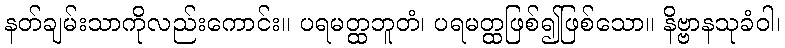
နတ်ချမ်းသာကိုလည်းကောင်း။ ပရမတ္ထဘူတံ၊ ပရမတ္ထဖြစ်၍ဖြစ်သော။ နိဗ္ဗာနသုခံဝါ၊